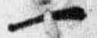
一